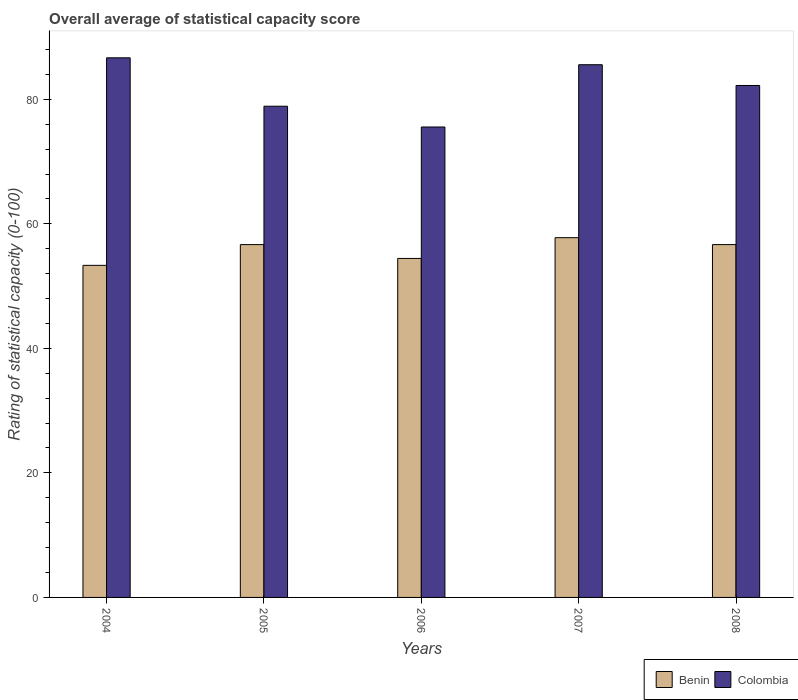
| Years | Benin | Colombia |
 | --- | --- | --- |
 | 2004 | 53.3 | 86.7 |
 | 2005 | 56.7 | 78.9 |
 | 2006 | 54.4 | 75.6 |
 | 2007 | 57.8 | 85.6 |
 | 2008 | 56.7 | 82.2 |